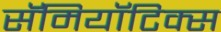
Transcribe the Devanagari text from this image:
सॅमियॉटिक्स